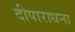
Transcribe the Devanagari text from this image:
दीपाराधना